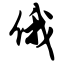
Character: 俄